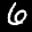
Label: 6